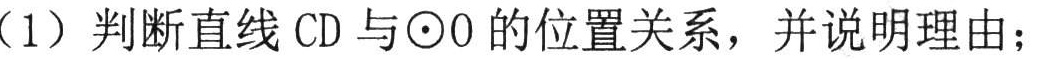
（1）判断直线 \(CD\) 与\(\odot O\) 的位置关系，并说明理由；